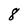
Character: 8